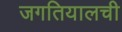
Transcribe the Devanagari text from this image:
जगतियालची